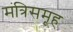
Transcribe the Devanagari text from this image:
मंत्रिसमूह